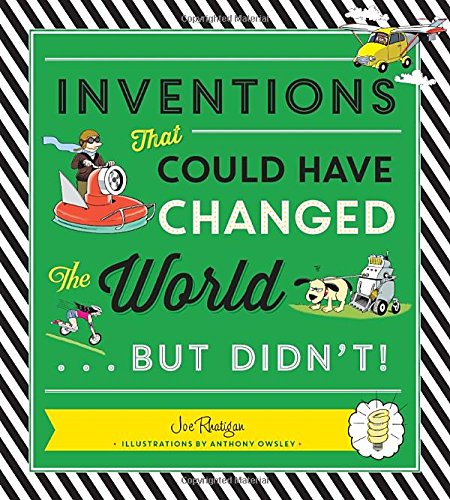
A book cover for Inventions That Could Have Changed the World...But Didn't!; Joe Rhatigan; Children's Books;